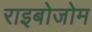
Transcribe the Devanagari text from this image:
राइबोजोम